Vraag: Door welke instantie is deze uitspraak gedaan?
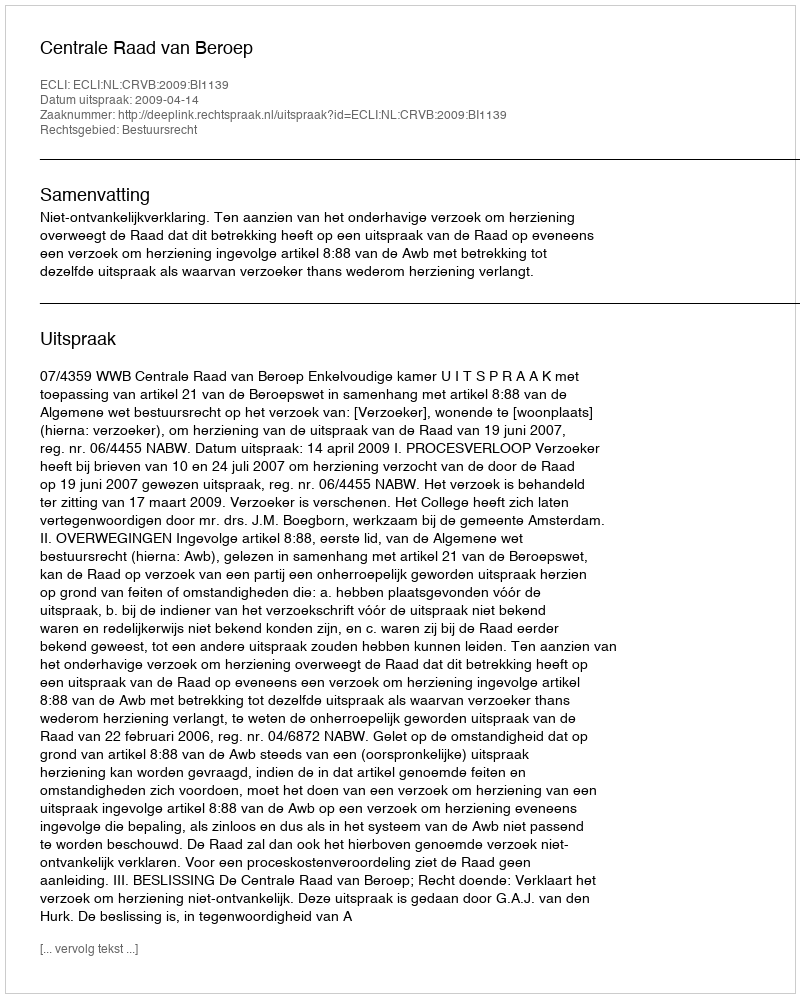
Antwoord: Centrale Raad van Beroep